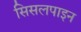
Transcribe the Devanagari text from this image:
सिसलपाइन